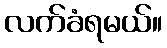
လက်ခံရမယ်။